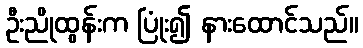
ဦးညိုထွန်းက ပြုံး၍ နားထောင်သည်။